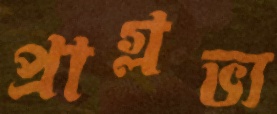
প্রাগ্লভ্য